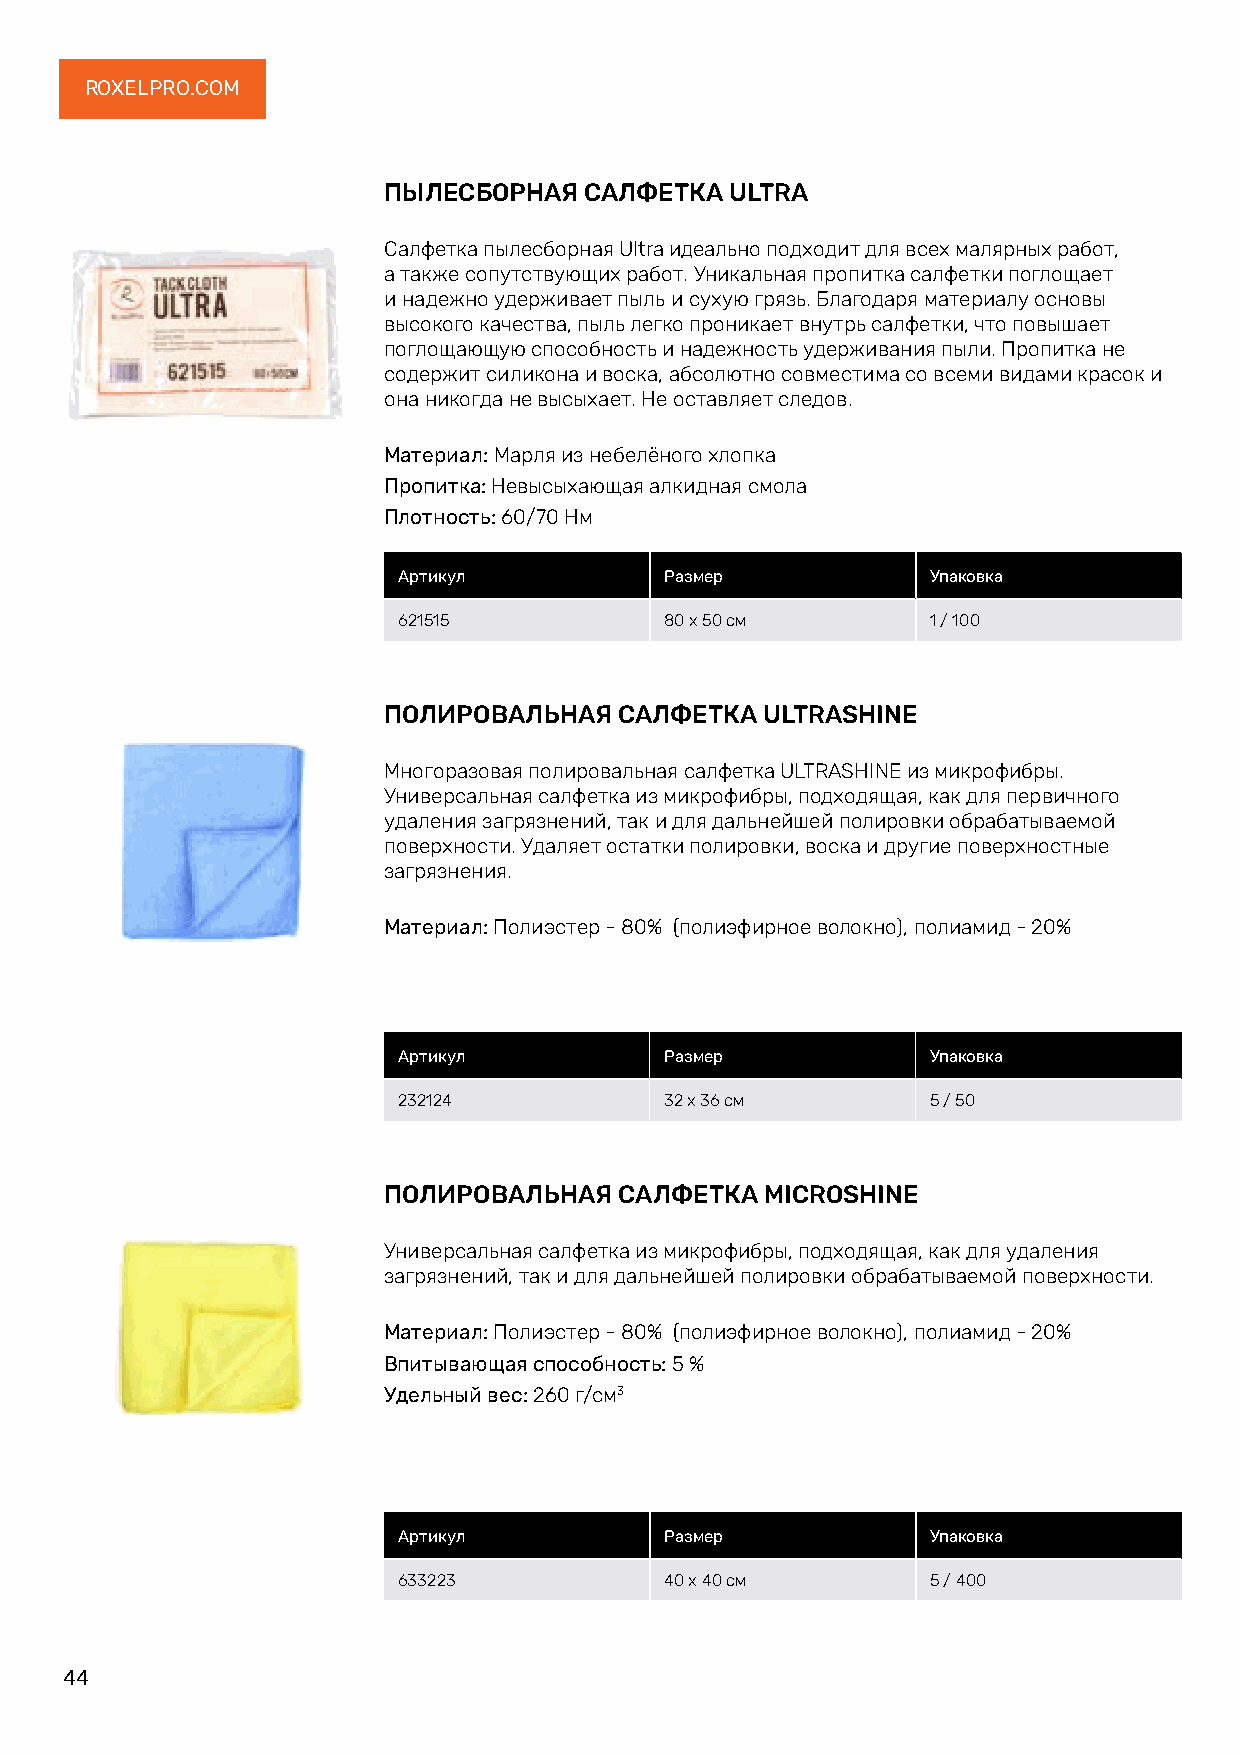
ROXELPRO.COM
 ПЫЛЕСБОРНАЯ   САЛФЕТКА ULTRA
 Салфетка пылесборная Ultra идеально подходит для всех малярных работ,
 а также сопутствующих работ. Уникальная пропитка салфетки поглощает
 и надежно удерживает пыль и сухую грязь. Благодаря материалу основы
 высокого качества, пыль легко проникает внутрь салфетки, что повышает
 поглощающую способность и надежность удерживания пыли. Пропитка не
 содержит силикона и воска, абсолютно совместима со всеми видами красок и
 она никогда не высыхает. Не оставляет следов.
 Материал: Марля из небелёного хлопка
 Пропитка: Невысыхающая алкидная смола
 Плотность: 60/70 Нм
 Артикул           Размер            Упаковка
 621515            80 х 50 см        1 / 100
 ПОЛИРОВАЛЬНАЯ   САЛФЕТКА  ULTRASHINE
 Многоразовая полировальная салфетка ULTRASHINE из микрофибры.
 Универсальная салфетка из микрофибры, подходящая, как для первичного
 удаления загрязнений, так и для дальнейшей полировки обрабатываемой
 поверхности. Удаляет остатки полировки, воска и другие поверхностные
 загрязнения.
 Материал: Полиэстер - 80% (полиэфирное волокно), полиамид - 20%
 Артикул           Размер            Упаковка
 232124            32 х 36 см        5 / 50
 ПОЛИРОВАЛЬНАЯ   САЛФЕТКА  MICROSHINE
 Универсальная салфетка из микрофибры, подходящая, как для удаления
 загрязнений, так и для дальнейшей полировки обрабатываемой поверхности.
 Материал: Полиэстер - 80% (полиэфирное волокно), полиамид - 20%
 Впитывающая способность: 5 %
 Удельный вес: 260 г/см3
 Артикул           Размер            Упаковка
 633223            40 х 40 см        5 / 400
 44